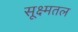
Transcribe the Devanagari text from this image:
सूक्ष्मतल